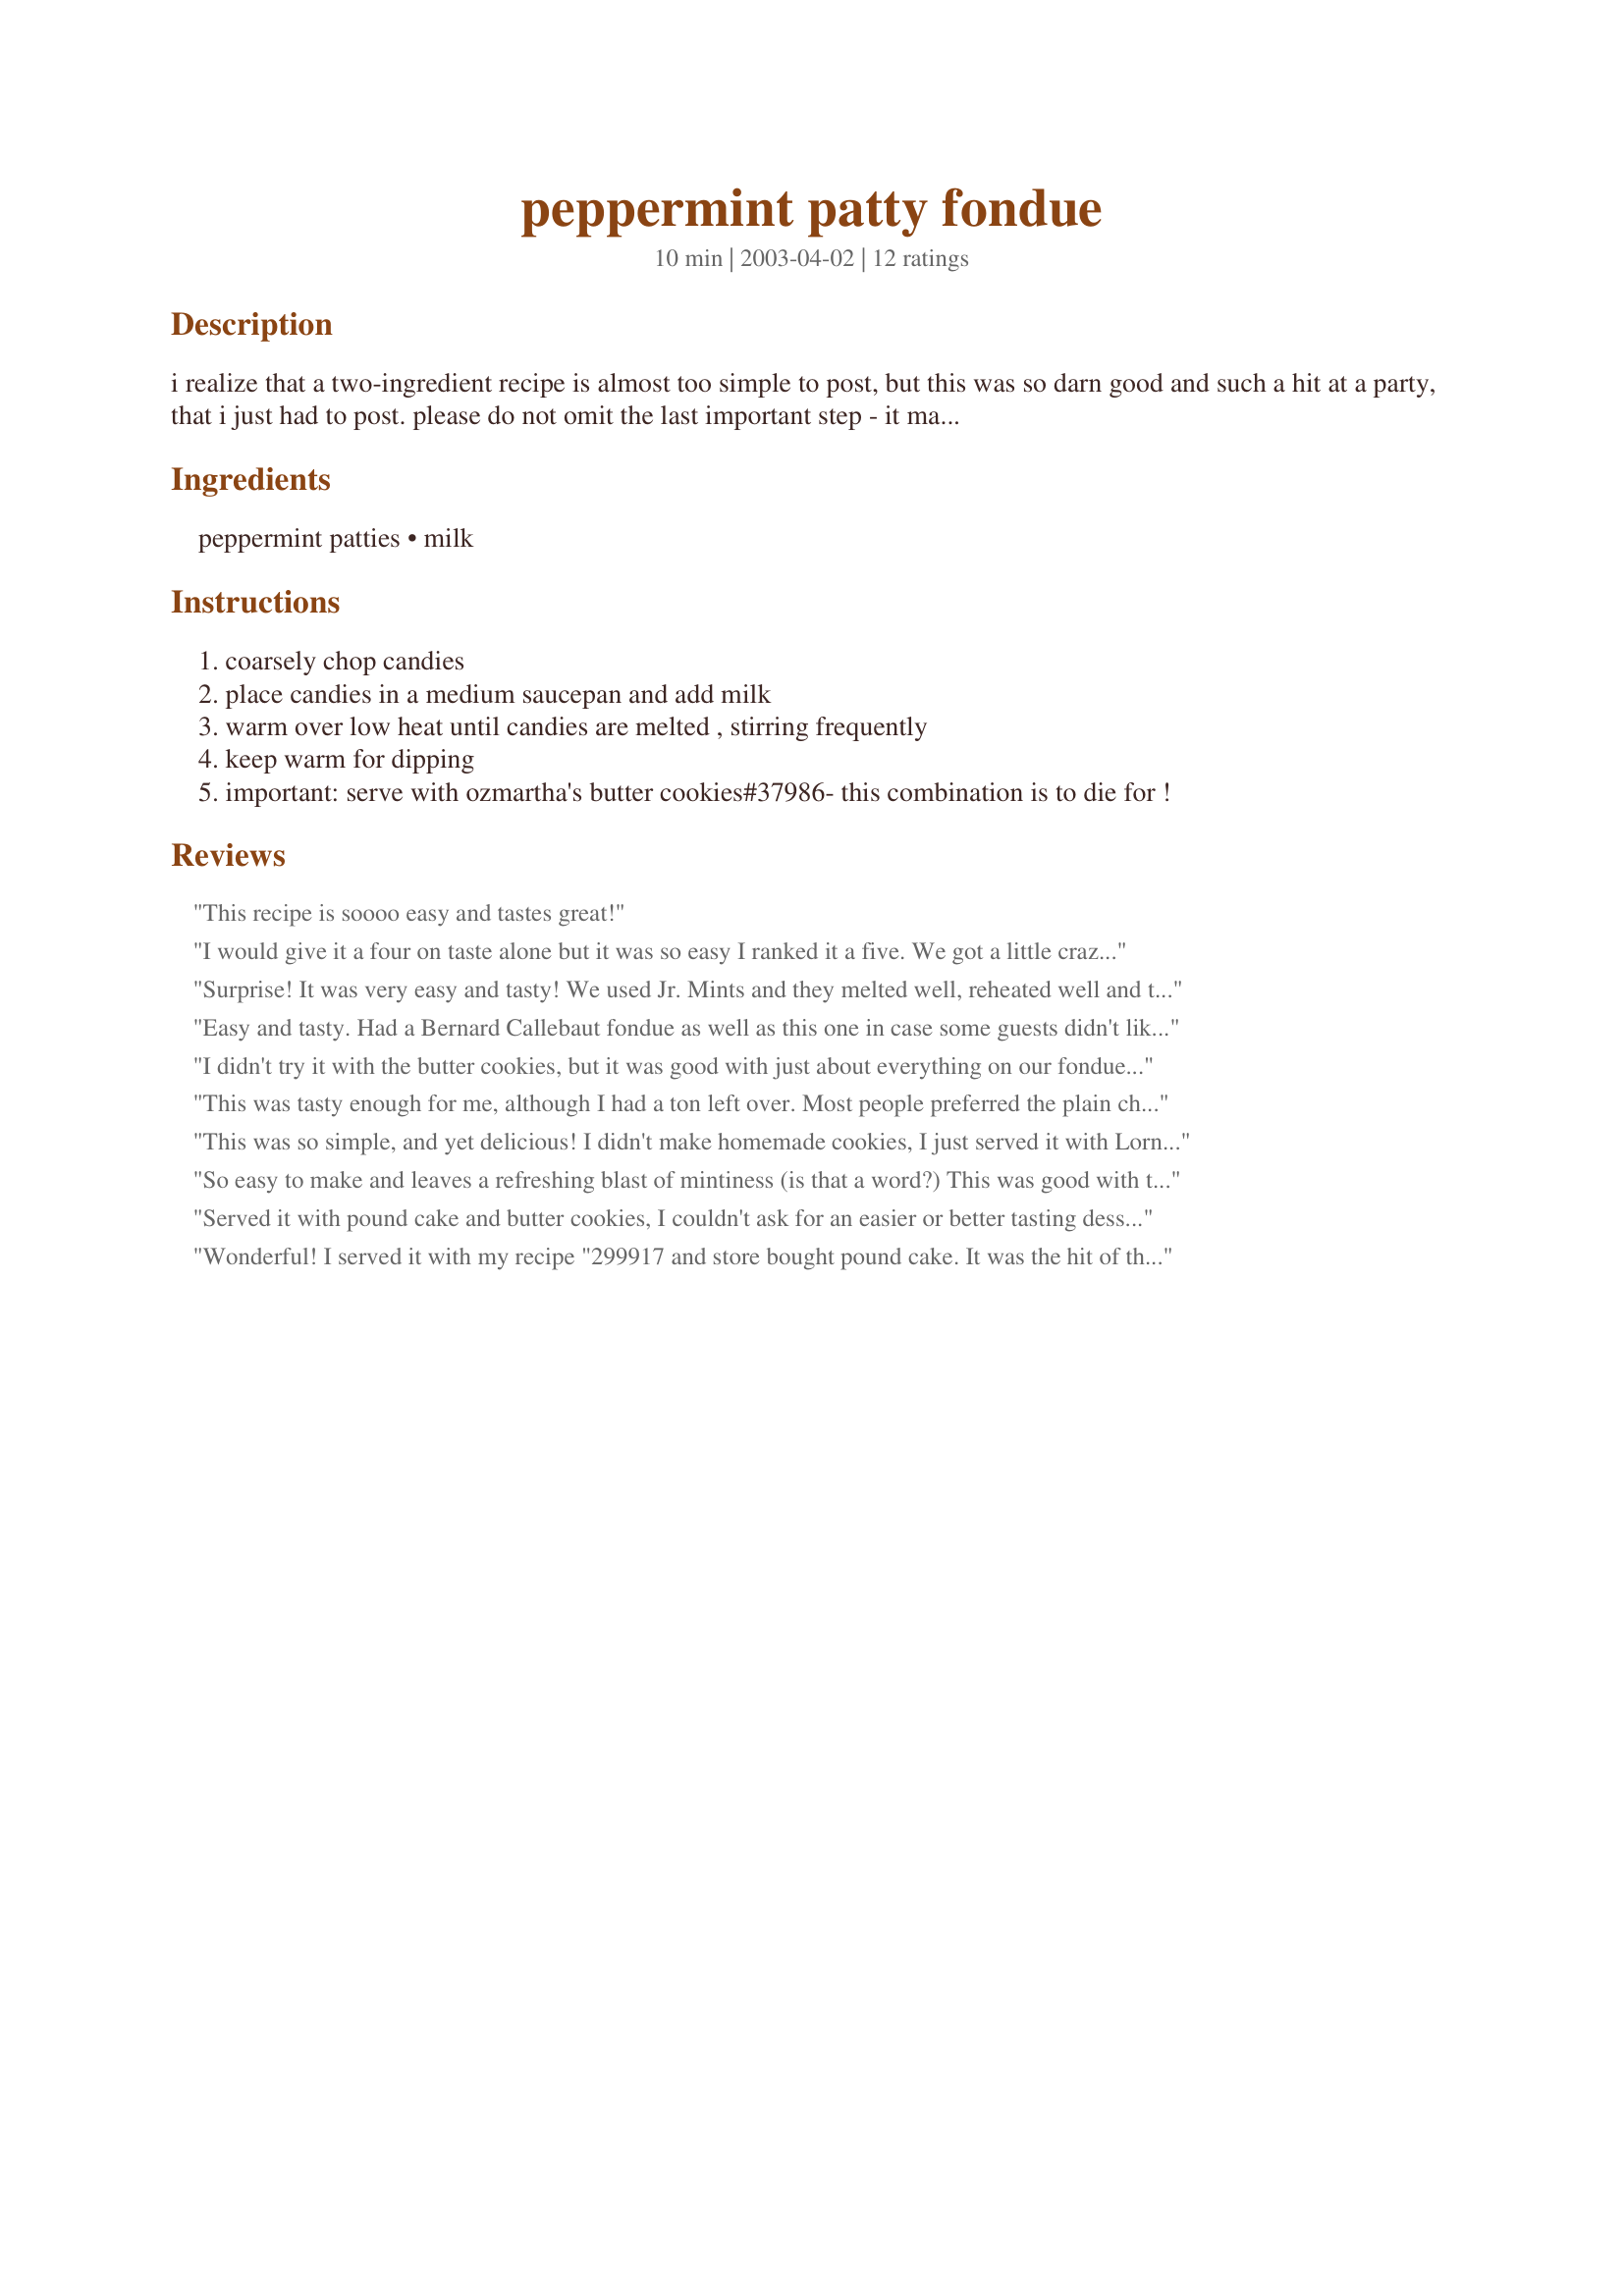
peppermint patty fondue
Preparation time: 10 minutes

i realize that a two-ingredient recipe is almost too simple to post, but this was so darn good and such a hit at a party, that i just had to post. please do not omit the last important step - it makes this recipe a winner!

Ingredients:
peppermint patties, milk

Steps:
coarsely chop candies
place candies in a medium saucepan and add milk
warm over low heat until candies are melted , stirring frequently
keep warm for dipping
important: serve with ozmartha's butter cookies#37986- this combination is to die for !

Reviews:
This recipe is soooo easy and tastes great!
I would give it a four on taste alone but it was so easy I ranked it a five. We got a little crazy and started dipping marshmallows in it then rolling those in graham cracker crumbs. We're talking out of this world.
Surprise! It was very easy and tasty! We used Jr. Mints and they melted well, reheated well and tasted great. Thanks for an effortless sweet party treat.
Easy and tasty. Had a Bernard Callebaut fondue as well as this one in case some guests didn't like mint. Both were excellent.
I didn't try it with the butter cookies, but it was good with just about everything on our fondue table! We ate it with brownies, angel food cake, strawberries, and pretzels and they were all so good. Thanks for a great easy recipe!
This was tasty enough for me, although I had a ton left over. Most people preferred the plain chocolate dip fruit and cake in.
This was so simple, and yet delicious! I didn't make homemade cookies, I just served it with Lorna Doone cookies and big marshmallows. Thanks for the recipe!
So easy to make and leaves a refreshing blast of mintiness (is that a word?) This was good with the cookies suggested. However, it was really good over vanilla ice cream!!! So glad I found this recipe!
Served it with pound cake and butter cookies, I couldn't ask for an easier or better tasting dessert for when friends come over. Thanks for sharing KeyWee :)
Wonderful! I served it with my recipe "299917 and store bought pound cake. It was the hit of the party! Thx. for posting such a delicious and simple recipe.
Easy and delicious. This was the dessert at our Mojitos and Margaritas (M&M) party. I couldn't believe how easy it was - my guests kept looking nervously at the saucepan and asking "shouldn't you be doing that in a double-boiler?" All of us were astounded at how easy it was to melt, and at how tasty and refreshing it is. I only had vanilla wafers and sliced angel food cake, but it was good with that. I'd also recommend butter cookies and marshmallows as possible dippers, too. This one will be on my regular rotation - and should be especially nice to server during the holidays. Very nice recipe, KeyWee, thanks!
I knew this would be good, but I was surprisingly tantilized by the flavors! I used chessman butter cookies and butter pound cake for dippers. Everyone in my bible study was hovering over the fondue pot! Thanks for the recipe KeyWee!
